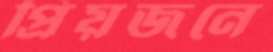
প্রিয়জনে